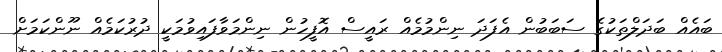
ބައެއް ބަދަލްތަކުގެ ސަބަބުން އެފަދަ ނިންމުމެއް ރައީސް އޮފީހުން ނިންމަވާފައިވުމަކީ ދުރުކަމެއް ނޫންކަމަށް